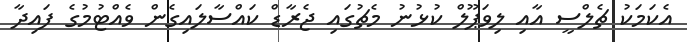
އެކަމަކު ޗެލްސީ އާއި ލިވަޕޫލް ކުޅުނު މެޗުގައި ޖެރާޑް ކައްސާލައިގެން ވެއްޓުމުގެ ފައިދާ